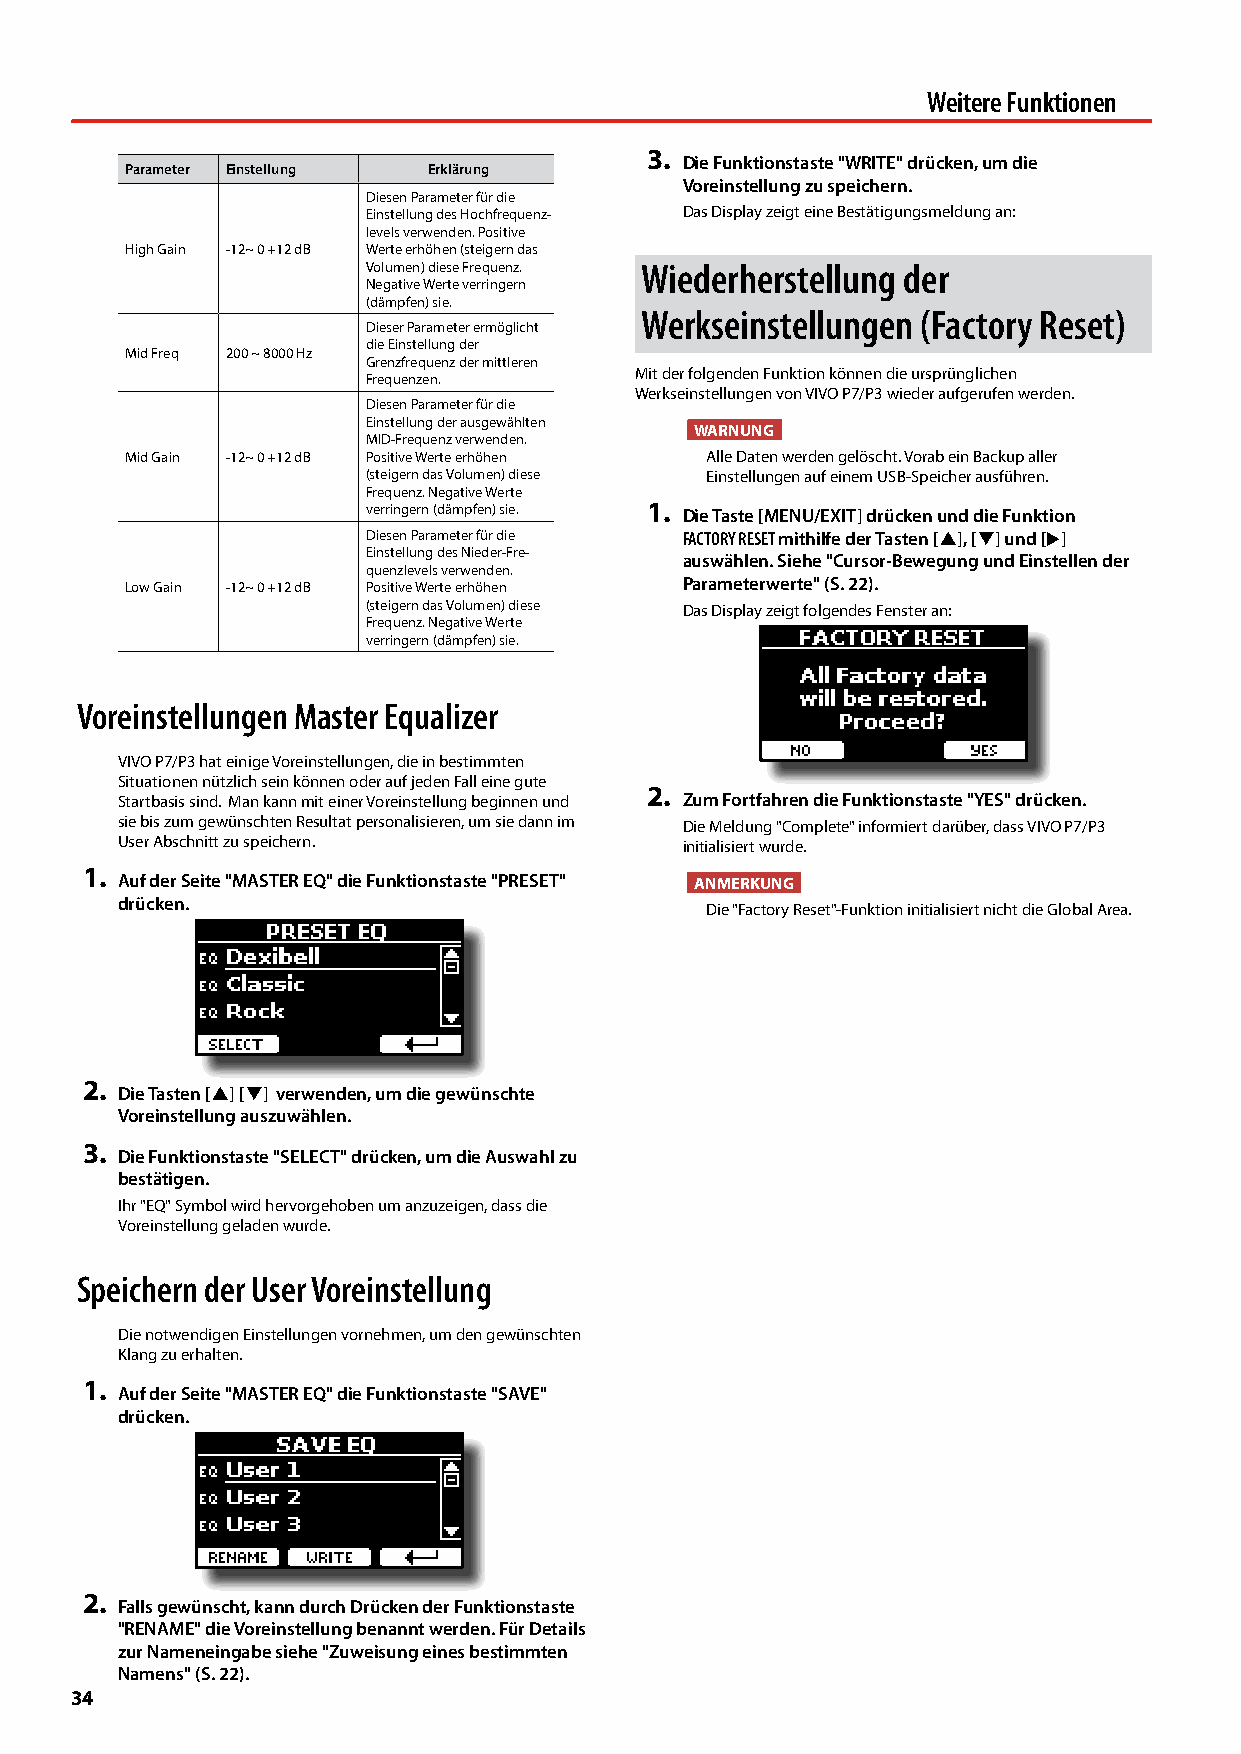
Weitere Funktionen
 3.
 Die Funktionstaste "WRITE" drücken, um die
 Parameter Einstellung Erklärung
 Voreinstellung zu speichern.
 Diesen Parameter für die
 Einstellung des Hochfrequenz- Das Display zeigt eine Bestätigungsmeldung an:
 levels verwenden. Positive
 High Gain -12~ 0 +12 dB Werte erhöhen (steigern das
 Volumen) diese Frequenz. Wiederherstellung der
 Negative Werte verringern
 (dämpfen) sie.
 Werkseinstellungen (Factory Reset)
 Dieser Parameter ermöglicht
 die Einstellung der
 Mid Freq 200 ~ 8000 Hz
 Grenzfrequenz der mittleren
 Mit der folgenden Funktion können die ursprünglichen
 Frequenzen.
 Werkseinstellungen von VIVO P7/P3 wieder aufgerufen werden.
 Diesen Parameter für die
 Einstellung der ausgewählten
 WARNUNG
 MID-Frequenz verwenden.
 Mid Gain -12~ 0 +12 dB Positive Werte erhöhen Alle Daten werden gelöscht. Vorab ein Backup aller
 (steigern das Volumen) diese Einstellungen auf einem USB-Speicher ausführen.
 Frequenz. Negative Werte
 verringern (dämpfen) sie. 1. Die Taste [MENU/EXIT] drücken und die Funktion
 Diesen Parameter für die FACTORY RESET mithilfe der Tasten [], [] und []
 Einstellung des Nieder-Fre-
 auswählen. Siehe "Cursor-Bewegung und Einstellen der
 quenzlevels verwenden.
 Low Gain -12~ 0 +12 dB Positive Werte erhöhen Parameterwerte" (S. 22).
 (steigern das Volumen) diese Das Display zeigt folgendes Fenster an:
 Frequenz. Negative Werte
 verringern (dämpfen) sie.
 Voreinstellungen Master Equalizer
 VIVO P7/P3 hat einige Voreinstellungen, die in bestimmten
 Situationen nützlich sein können oder auf jeden Fall eine gute
 2.
 Startbasis sind. Man kann mit einer Voreinstellung beginnen und Zum Fortfahren die Funktionstaste "YES" drücken.
 sie bis zum gewünschten Resultat personalisieren, um sie dann im Die Meldung "Complete" informiert darüber, dass VIVO P7/P3
 User Abschnitt zu speichern.         initialisiert wurde.
 1.
 Auf der Seite "MASTER EQ" die Funktionstaste "PRESET" ANMERKUNG
 drücken.
 Die "Factory Reset"-Funktion initialisiert nicht die Global Area.
 2.
 Die Tasten [] [] verwenden, um die gewünschte
 Voreinstellung auszuwählen.
 3.
 Die Funktionstaste "SELECT" drücken, um die Auswahl zu
 bestätigen.
 Ihr "EQ" Symbol wird hervorgehoben um anzuzeigen, dass die
 Voreinstellung geladen wurde.
 Speichern der User Voreinstellung
 Die notwendigen Einstellungen vornehmen, um den gewünschten
 Klang zu erhalten.
 1.
 Auf der Seite "MASTER EQ" die Funktionstaste "SAVE"
 drücken.
 2.
 Falls gewünscht, kann durch Drücken der Funktionstaste
 "RENAME" die Voreinstellung benannt werden. Für Details
 zur Nameneingabe siehe "Zuweisung eines bestimmten
 Namens" (S. 22).
 34